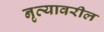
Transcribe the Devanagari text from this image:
नृत्यावरील